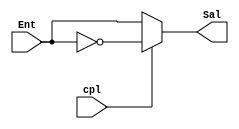
module compl1(output wire [3:0] Sal, input wire [3:0] Ent, input wire cpl);
	
	assign Sal = cpl ? ~Ent : Ent;	

endmodule